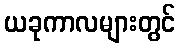
ယခုကာလများတွင်